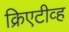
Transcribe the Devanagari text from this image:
क्रिएटीव्ह